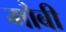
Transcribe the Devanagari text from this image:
मौबी